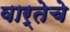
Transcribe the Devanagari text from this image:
वार्तेचे